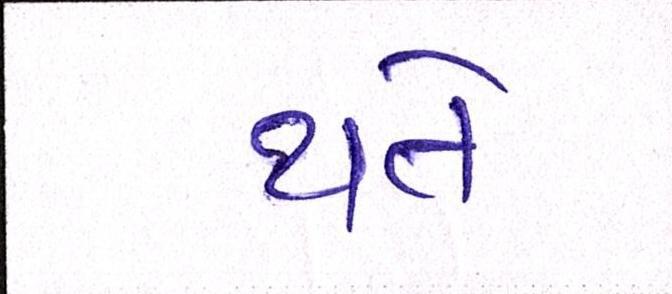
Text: થતે